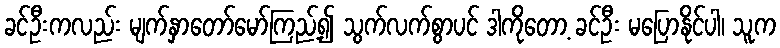
ခင်ဦးကလည်း မျက်နှာတော်မော်ကြည့်၍ သွက်လက်စွာပင် ဒါကိုတော့ ခင်ဦး မပြောနိုင်ပါ၊ သူက